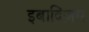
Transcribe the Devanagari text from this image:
इबादिज़म